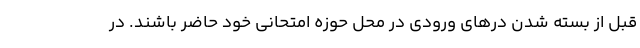
قبل از بسته شدن درهای ورودی در محل حوزه امتحانی خود حاضر باشند. در